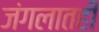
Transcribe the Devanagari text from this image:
जंगलातही